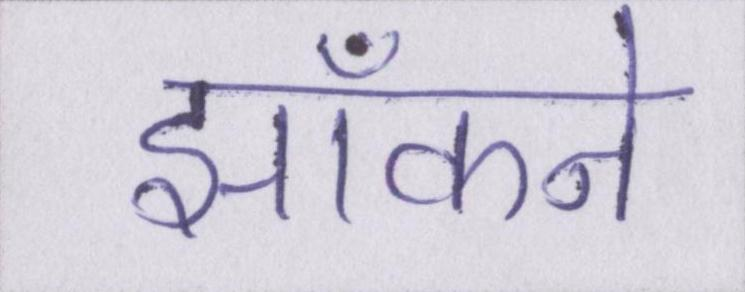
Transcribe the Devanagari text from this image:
झाँकने